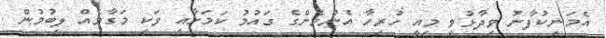
އެމަނިކުފާނު ވިދާޅުވީ މިއީ ހުރިހާ އެންމެންގެ ގައުމު ކަމަށާއި ވަކި މަގާމެއް ލިބުމުން